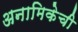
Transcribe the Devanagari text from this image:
अनामिकेची